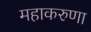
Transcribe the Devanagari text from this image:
महाकरुणा